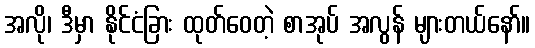
အလို၊ ဒီမှာ နိုင်ငံခြား ထုတ်ဝေတဲ့ စာအုပ် အလွန် များတယ်နော်။